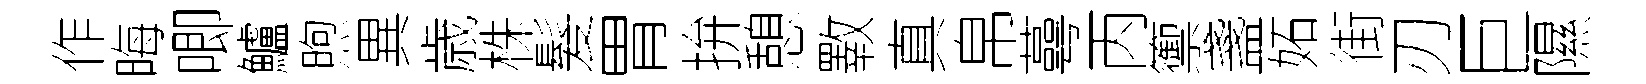
作晦唧鱸煦異歳株髮胃拚憩斁真帛蕚丙籞盞妬街刃巨隰